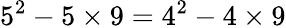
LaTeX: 5^{2}-5\times 9=4^{2}-4\times 9